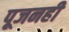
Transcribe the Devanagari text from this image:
पूजनही